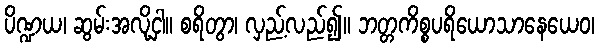
ပိဏ္ဍယ၊ ဆွမ်းအလို့ငှါ။ စရိတွာ၊ လှည့်လည်၍။ ဘတ္တကိစ္စပရိယောသာနေယေဝ၊